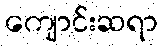
ကျောင်းဆရာ